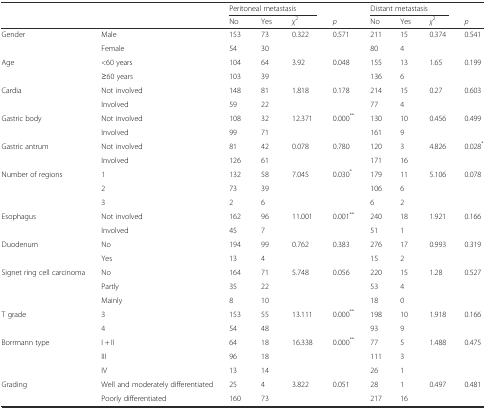
<table><thead><tr><td></td><td></td><td colspan="3"><b>Peritoneal metastasis</b></td><td></td><td colspan="3"><b>Distant metastasis</b></td><td></td></tr><tr><td></td><td></td><td><b>No</b></td><td><b>Yes</b></td><td><b><i>χ</i><sup>2</sup></b></td><td><b><i>p</i></b></td><td><b>No</b></td><td><b>Yes</b></td><td><b><i>χ</i><sup>2</sup></b></td><td><b><i>p</i></b></td></tr></thead><tbody><tr><td>Gender</td><td>Male</td><td>153</td><td>73</td><td>0.322</td><td>0.571</td><td>211</td><td>15</td><td>0.374</td><td>0.541</td></tr><tr><td></td><td>Female</td><td>54</td><td>30</td><td></td><td></td><td>80</td><td>4</td><td></td><td></td></tr><tr><td>Age</td><td>&lt;60 years</td><td>104</td><td>64</td><td>3.92</td><td>0.048</td><td>155</td><td>13</td><td>1.65</td><td>0.199</td></tr><tr><td></td><td>≥60 years</td><td>103</td><td>39</td><td></td><td></td><td>136</td><td>6</td><td></td><td></td></tr><tr><td>Cardia</td><td>Not involved</td><td>148</td><td>81</td><td>1.818</td><td>0.178</td><td>214</td><td>15</td><td>0.27</td><td>0.603</td></tr><tr><td></td><td>Involved</td><td>59</td><td>22</td><td></td><td></td><td>77</td><td>4</td><td></td><td></td></tr><tr><td>Gastric body</td><td>Not involved</td><td>108</td><td>32</td><td>12.371</td><td>0.000<sup>**</sup></td><td>130</td><td>10</td><td>0.456</td><td>0.499</td></tr><tr><td></td><td>Involved</td><td>99</td><td>71</td><td></td><td></td><td>161</td><td>9</td><td></td><td></td></tr><tr><td>Gastric antrum</td><td>Not involved</td><td>81</td><td>42</td><td>0.078</td><td>0.780</td><td>120</td><td>3</td><td>4.826</td><td>0.028<sup>*</sup></td></tr><tr><td></td><td>Involved</td><td>126</td><td>61</td><td></td><td></td><td>171</td><td>16</td><td></td><td></td></tr><tr><td>Number of regions</td><td>1</td><td>132</td><td>58</td><td>7.045</td><td>0.030<sup>*</sup></td><td>179</td><td>11</td><td>5.106</td><td>0.078</td></tr><tr><td></td><td>2</td><td>73</td><td>39</td><td></td><td></td><td>106</td><td>6</td><td></td><td></td></tr><tr><td></td><td>3</td><td>2</td><td>6</td><td></td><td></td><td>6</td><td>2</td><td></td><td></td></tr><tr><td>Esophagus</td><td>Not involved</td><td>162</td><td>96</td><td>11.001</td><td>0.001<sup>**</sup></td><td>240</td><td>18</td><td>1.921</td><td>0.166</td></tr><tr><td></td><td>Involved</td><td>45</td><td>7</td><td></td><td></td><td>51</td><td>1</td><td></td><td></td></tr><tr><td>Duodenum</td><td>No</td><td>194</td><td>99</td><td>0.762</td><td>0.383</td><td>276</td><td>17</td><td>0.993</td><td>0.319</td></tr><tr><td></td><td>Yes</td><td>13</td><td>4</td><td></td><td></td><td>15</td><td>2</td><td></td><td></td></tr><tr><td>Signet ring cell carcinoma</td><td>No</td><td>164</td><td>71</td><td>5.748</td><td>0.056</td><td>220</td><td>15</td><td>1.28</td><td>0.527</td></tr><tr><td></td><td>Partly</td><td>35</td><td>22</td><td></td><td></td><td>53</td><td>4</td><td></td><td></td></tr><tr><td></td><td>Mainly</td><td>8</td><td>10</td><td></td><td></td><td>18</td><td>0</td><td></td><td></td></tr><tr><td>T grade</td><td>3</td><td>153</td><td>55</td><td>13.111</td><td>0.000<sup>**</sup></td><td>198</td><td>10</td><td>1.918</td><td>0.166</td></tr><tr><td></td><td>4</td><td>54</td><td>48</td><td></td><td></td><td>93</td><td>9</td><td></td><td></td></tr><tr><td>Borrmann type</td><td>I + II</td><td>64</td><td>18</td><td>16.338</td><td>0.000<sup>**</sup></td><td>77</td><td>5</td><td>1.488</td><td>0.475</td></tr><tr><td></td><td>III</td><td>96</td><td>18</td><td></td><td></td><td>111</td><td>3</td><td></td><td></td></tr><tr><td></td><td>IV</td><td>13</td><td>14</td><td></td><td></td><td>26</td><td>1</td><td></td><td></td></tr><tr><td>Grading</td><td>Well and moderately differentiated</td><td>25</td><td>4</td><td>3.822</td><td>0.051</td><td>28</td><td>1</td><td>0.497</td><td>0.481</td></tr><tr><td></td><td>Poorly differentiated</td><td>160</td><td>73</td><td></td><td></td><td>217</td><td>16</td><td></td><td></td></tr></tbody></table>